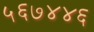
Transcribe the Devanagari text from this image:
५६७४४६